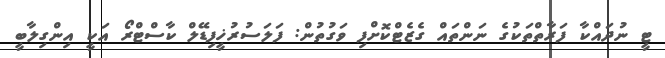
ޓީ ނުދައްކާ ފަރާތްތަކުގެ ނަންތައް ގެޒެޓްކޮށްފި ވަގުތުން: ފަލަސުރުޚީފިޑޭލް ކާސްޓްރޯ އަކީ އިންގިލާބީ